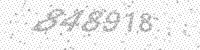
Solution: 848918